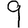
Digit: 9